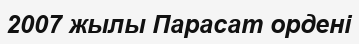
2007 жылы Парасат ордені